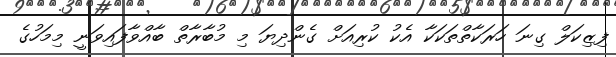
ފިޒިކަލް ގިނަ ހަރަކާތްތަކަކާ އެކު ކުރިއަށް ގެންދިޔަ މި މުބާރާތް ބާއްވާފައިވަނީ މިމަހުގެ